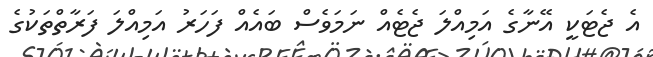
އެ ޖެޓަކީ އޭނާގެ އަމިއްލަ ޖެޓެއް ނަމަވެސް ބައެއް ފަހަރު އަމިއްލަ ފަރާތްތަކުގެ